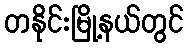
တနိုင်းမြို့နယ်တွင်